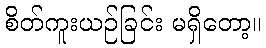
စိတ်ကူးယဉ်ခြင်း မရှိတော့။